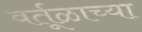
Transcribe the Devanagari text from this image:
वर्तूळाच्या